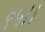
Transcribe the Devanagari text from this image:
९५।।